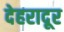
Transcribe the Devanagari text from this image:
देहरादूर